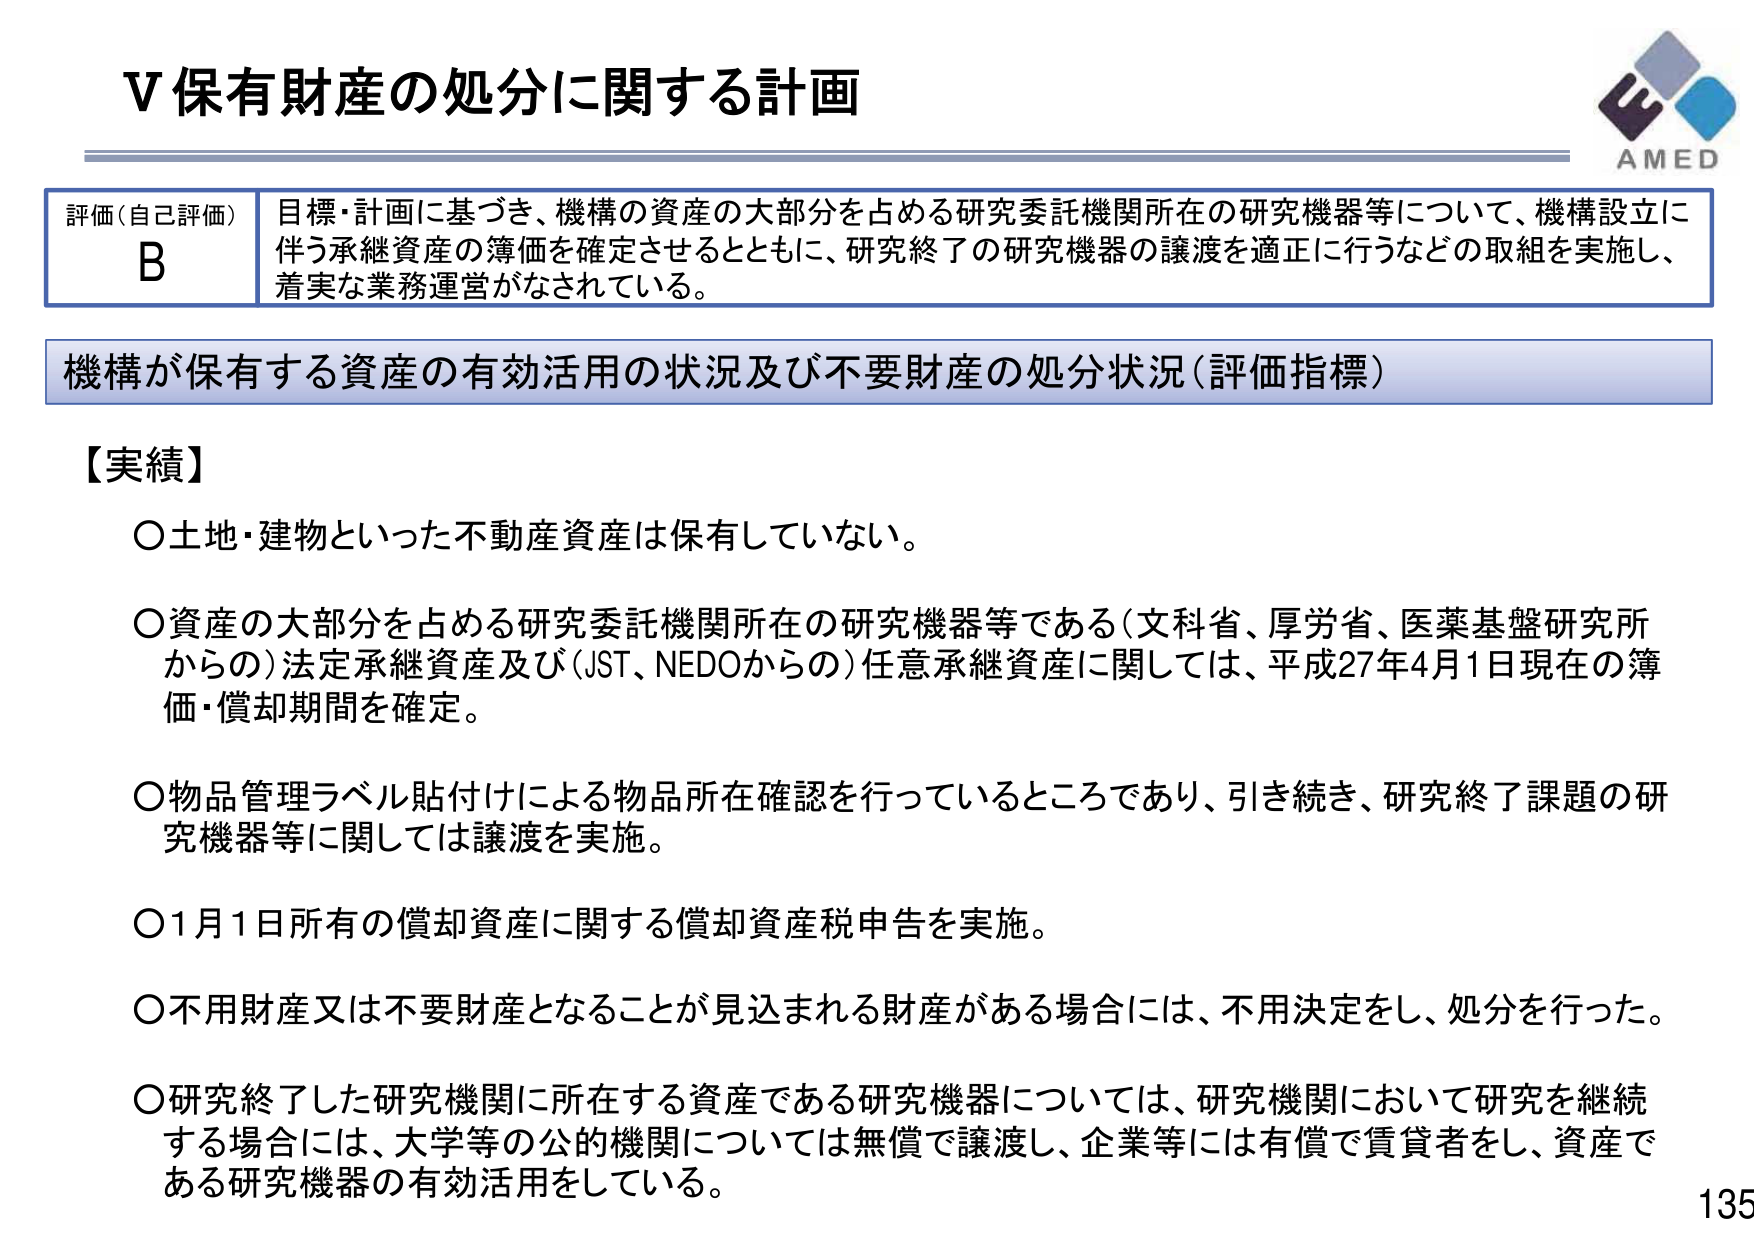
V 保有財産の処分に関する計画

評価（自己評価） B
目標・計画に基づき、機構の資産の大部分を占める研究委託機関所在の研究機器等について、機構設立に伴う承継資産の簿価を確定させるとともに、研究終了の研究機器の譲渡を適正に行うなどの取組を実施し、着実な業務運営がなされている。

機構が保有する資産の有効活用の状況及び不要財産の処分状況（評価指標）

【実績】
○土地・建物といった不動産資産は保有していない。
○資産の大部分を占める研究委託機関所在の研究機器等である（文科省、厚労省、医薬基盤研究所からの）法定承継資産及び（JST、NEDOからの）任意承継資産に関しては、平成27年4月1日現在の簿価・償却期間を確定。
○物品管理ラベル貼付けによる物品所在確認を行っているところであり、引き続き、研究終了課題の研究機器等に関しては譲渡を実施。
○1月1日所有の償却資産に関する償却資産税申告を実施。
○不用財産又は不要財産となることが見込まれる財産がある場合には、不用決定をし、処分を行った。
○研究終了した研究機関に所在する資産である研究機器については、研究機関において研究を継続する場合には、大学等の公的機関については無償で譲渡し、企業等には有償で賃貸者をし、資産である研究機器の有効活用をしている。

AMED
135